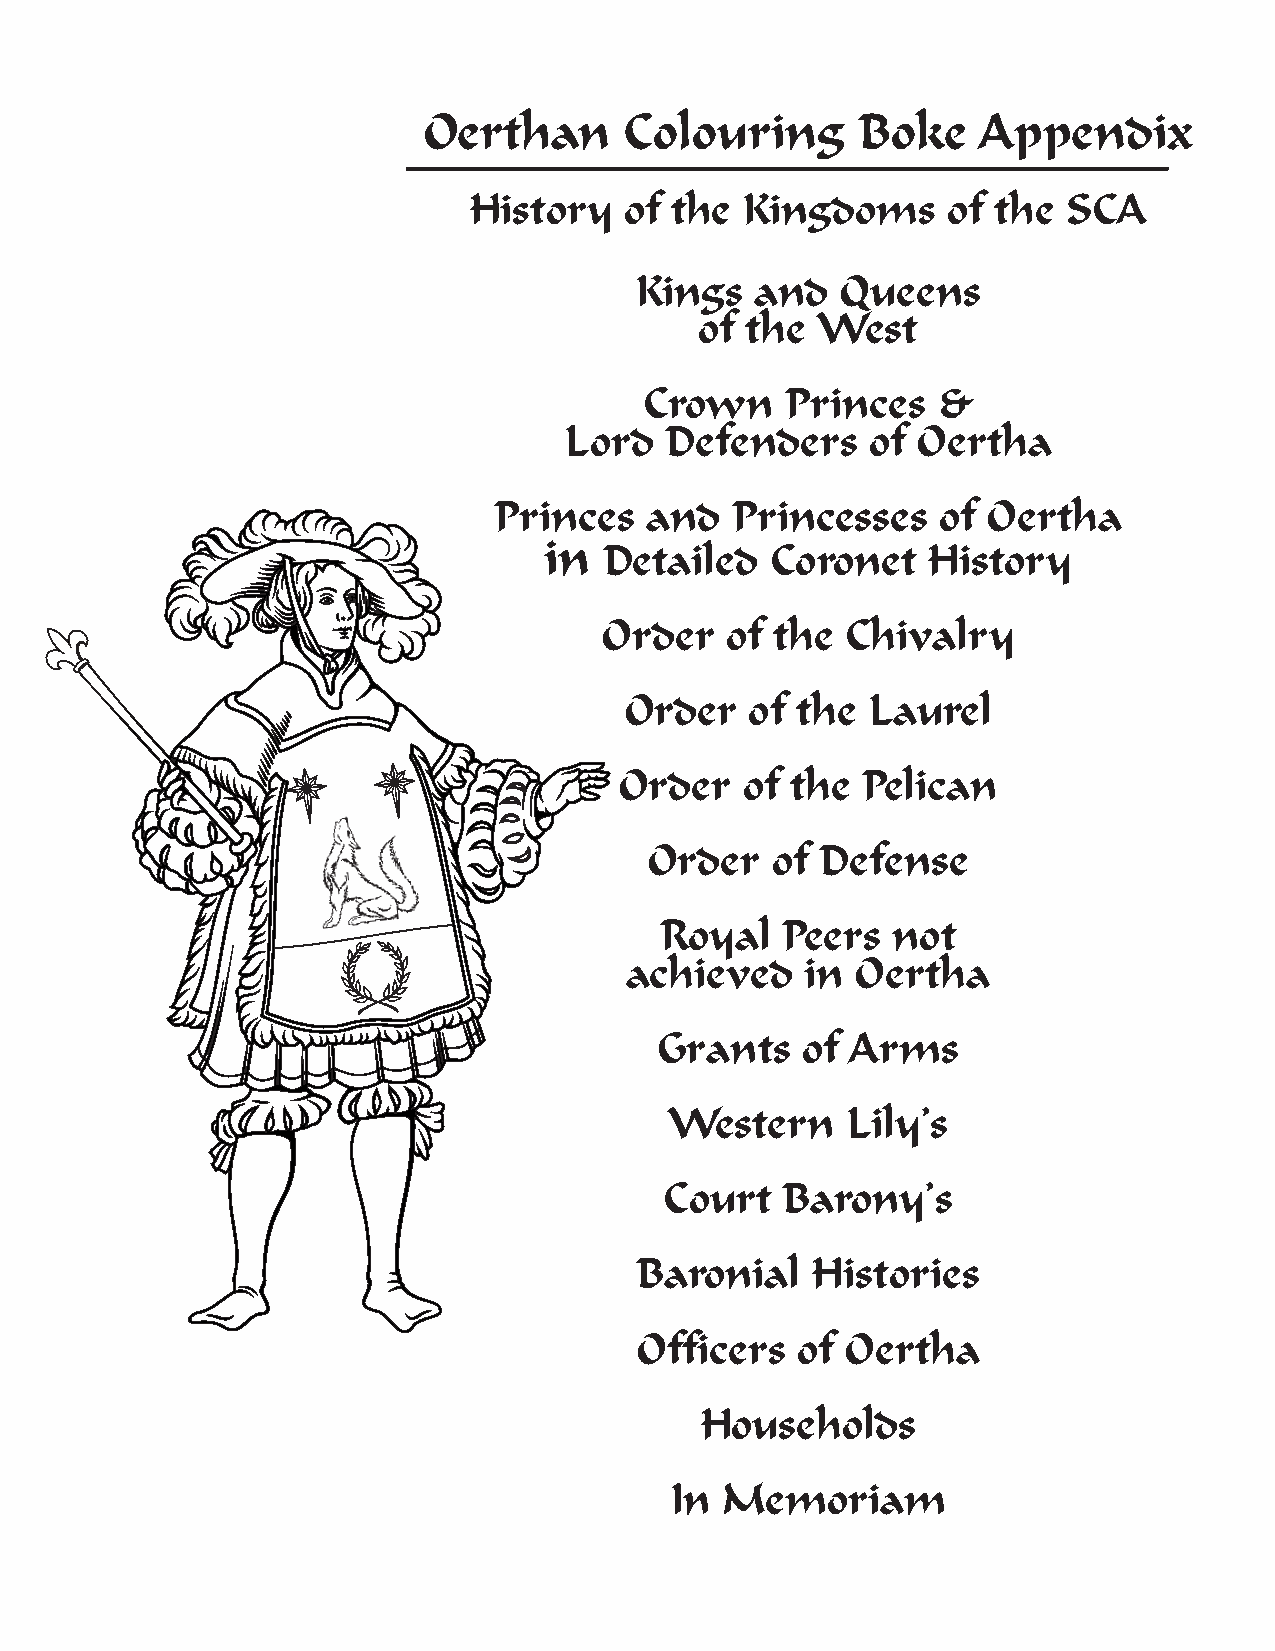
Oerthan      Colouring       Boke    Appendix
 History   of the  Kingdoms      of the  SCA
 Kings   and   Queens
 of the  West
 Crown    Princes   &
 Lord   Defenders     of Oertha
 Princes   and  Princesses    of Oertha
 in  Detailed   Coronet   History
 Order   of the  Chivalry
 Order    of the Laurel
 Order   of the  Pelican
 Order   of Defense
 Royal   Peers  not
 achieved    in  Oertha
 Grants    of Arms
 Western     Lily’s
 Court   Barony’s
 Baronial    Histories
 Officers   of Oertha
 Households
 In  Memoriam